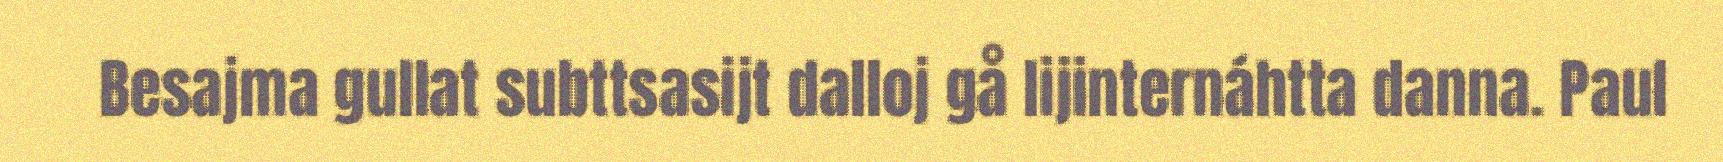
Besajma gullat subttsasijt dalloj gå lijinternáhtta danna. Paul